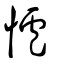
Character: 𢥈